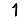
Digit: 1